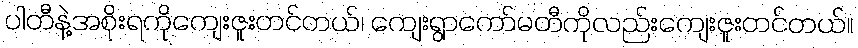
ပါတီနဲ့အစိုးရကိုကျေးဇူးတင်တယ်၊ ကျေးရွာကော်မတီကိုလည်းကျေးဇူးတင်တယ်။